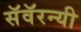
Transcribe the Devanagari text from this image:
सॅवॅरन्यी